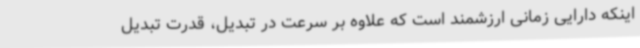
اینکه دارایی زمانی ارزشمند است که علاوه بر سرعت در تبدیل، قدرت تبدیل